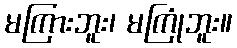
မကြားဘူး၊ မကြုံဘူး။